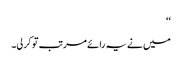
‘‘
میں نے یہ رائے مرتب تو کرلی۔